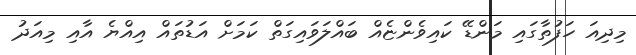
މިދިއަ ހަފުތާގައި މަންޑޭ ކައިވެންޏެއް ބައްލަވައިގަތް ކަމަށް އަޑުތައް އިއްޔެ އާއި މިއަދު